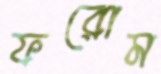
ফরোম